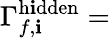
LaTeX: \Gamma_{f,\mathbf{i}}^{\mathrm{{h\mathbf{i}dden}}}=